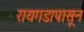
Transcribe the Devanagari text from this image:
रायगडापासून